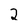
Character: 2